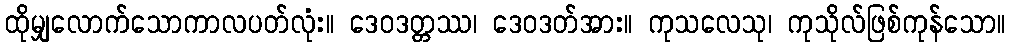
ထိုမျှလောက်သောကာလပတ်လုံး။ ဒေဝဒတ္တဿ၊ ဒေဝဒတ်အား။ ကုသလေသု၊ ကုသိုလ်ဖြစ်ကုန်သော။